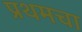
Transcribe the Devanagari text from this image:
प्रथमचा